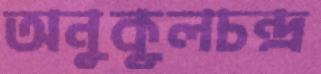
অনুকূলচন্দ্র